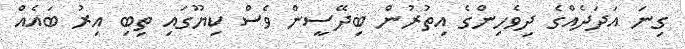
ގިނަ އަދަދެއްގެ ދިވެހިންގެ އިތުރުން ބިދޭސީން ވެސް ކިޔޫގައި ތިބި އިރު ބައެއް